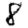
Digit: 8